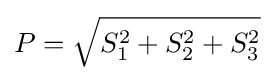
P={\sqrt {S_{1}^{2}+S_{2}^{2}+S_{3}^{2}}}